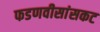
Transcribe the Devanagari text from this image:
फडणवीसांसकट